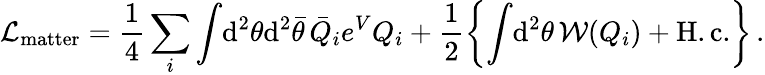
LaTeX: {\cal L}_{\mathrm{matter}}=\frac{1}{4}\sum_{i}\int\! \mathrm{d}^{2}\theta\mathrm{d}^{2}\bar{\theta}\, \bar{Q}_{i}e^{V}Q_{i}+\frac{1}{2}\left\{ \int\! \mathrm{d}^{2}\theta\, {\cal W}(Q_{i})+\mathrm{H.c.}\right\} \, .